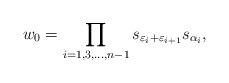
LaTeX: \begin{align*} w_0 = \prod\limits_{i = 1,3,...,n-1}s_{\varepsilon_i + \varepsilon_{i+1}}s_{\alpha_i},\end{align*}